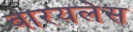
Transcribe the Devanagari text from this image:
वारयलेस